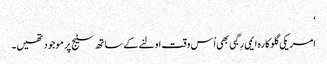
‘
امریکی گلوکارہ ایمی رِگبی بھی اُس وقت اولنے کے ساتھ سٹیج پر موجود تھیں۔